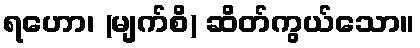
ရဟော၊ (မျက်စိ) ဆိတ်ကွယ်သော။